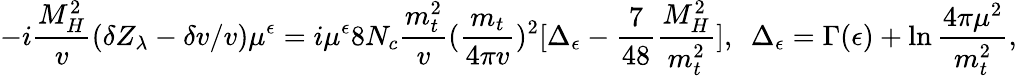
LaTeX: \displaystyle-i\frac{M_{H}^{2}}{v}(\delta Z_{\lambda}-\delta v/v)\mu^{\epsilon}=i\mu^{\epsilon}8N_{c}\frac{m_{t}^{2}}{v}(\frac{m_{t}}{4\pi v})^{2}[\Delta_{\epsilon}-\frac{7}{48}\frac{M_{H}^{2}}{m_{t}^{2}}],~~\Delta_{\epsilon}=\Gamma(\epsilon)+\ln\frac{4\pi\mu^{2}}{m_{t}^{2}},